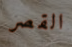
القصر